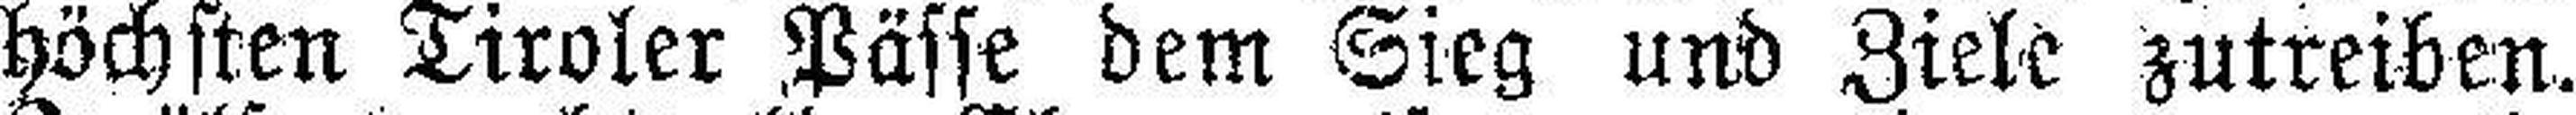
höchsten Tiroler Pässe dem Sieg und Ziele zutreiben,